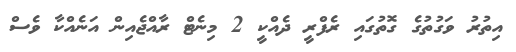
އިތުރު ވަގުތުގެ ގޮތުގައި ރެފްރީ ދެއްކީ 2 މިނެޓް ރާއްޖެއިން އަނެއްކާ ވެސް